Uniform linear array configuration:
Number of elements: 12
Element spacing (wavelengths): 0.5
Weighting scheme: uniform
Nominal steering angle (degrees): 45
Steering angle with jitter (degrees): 43.948
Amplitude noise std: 0.05
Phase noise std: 0.05

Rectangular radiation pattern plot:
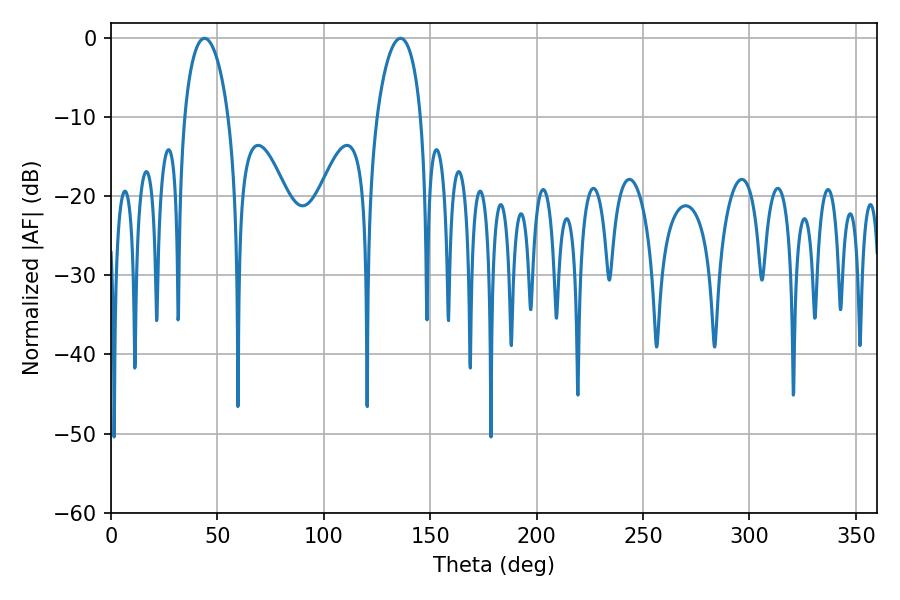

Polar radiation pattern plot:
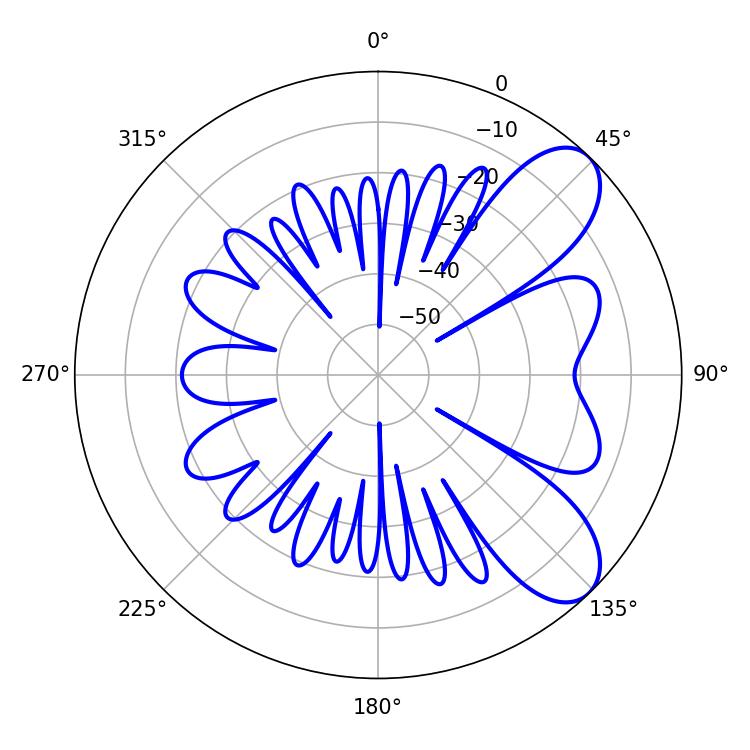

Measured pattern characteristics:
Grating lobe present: FALSE
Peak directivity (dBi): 8.024
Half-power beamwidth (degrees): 11.88
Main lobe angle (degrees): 43.92